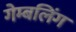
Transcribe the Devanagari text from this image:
गेम्बलिंग